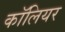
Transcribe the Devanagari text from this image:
कॉलियर